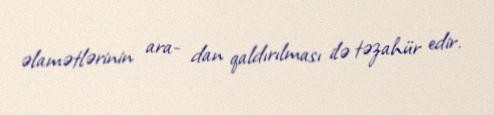
əlamətlərinin ara- dan qaldırılması ilə təzahür edir.